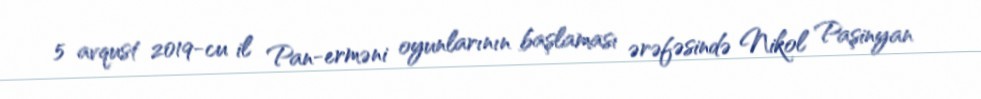
5 avqust 2019-cu il Pan-erməni oyunlarının başlaması ərəfəsində Nikol Paşinyan